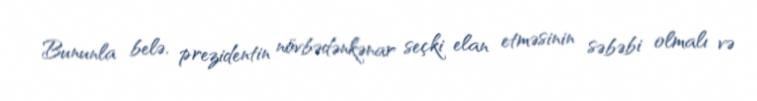
Bununla belə, prezidentin növbədənkənar seçki elan etməsinin səbəbi olmalı və